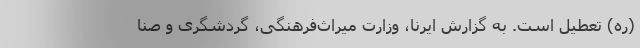
(ره) تعطیل است. به گزارش ایرنا، وزارت میراث‌فرهنگی، گردشگری و صنا